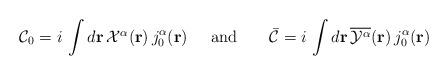
LaTeX: \begin{align*}{\cal C}_{0}=i\,\int d{\bf{r}}\,{\textstyle {\cal X}^{\alpha}}({\bf r})\,j_{0}^{\alpha}({\bf r})\;\;\;\;\;\mbox{and}\;\;\;\;\;\;\;{\bar {\cal C}}=i\,\int d{\bf{r}}\,\overline{{\cal Y}^{\alpha}}({\bf r})\,j_{0}^{\alpha}({\bf r})\end{align*}